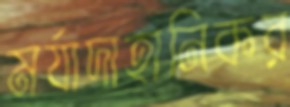
মর্যাদাহানিকর